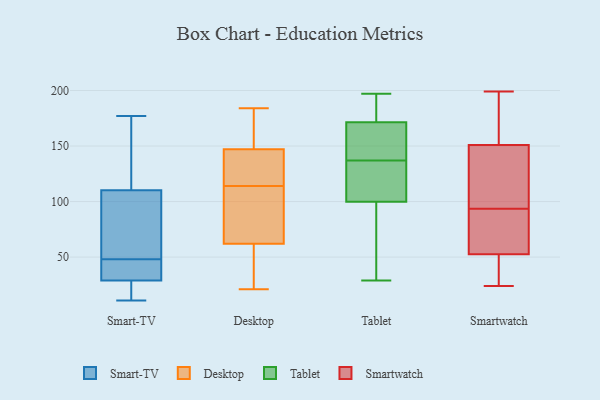
{"axis": {"x": "Waste Production (Tons)", "y": "Value"}, "legend": ["Desktop", "Smart-TV", "Smartwatch", "Tablet"], "data": [{"x": "", "y": 46, "type": "Smart-TV"}, {"x": "", "y": 11, "type": "Smart-TV"}, {"x": "", "y": 44, "type": "Smart-TV"}, {"x": "", "y": 81, "type": "Smart-TV"}, {"x": "", "y": 22, "type": "Smart-TV"}, {"x": "", "y": 114, "type": "Smart-TV"}, {"x": "", "y": 99, "type": "Smart-TV"}, {"x": "", "y": 61, "type": "Smart-TV"}, {"x": "", "y": 177, "type": "Smart-TV"}, {"x": "", "y": 158, "type": "Smart-TV"}, {"x": "", "y": 24, "type": "Smart-TV"}, {"x": "", "y": 17, "type": "Smart-TV"}, {"x": "", "y": 45, "type": "Smart-TV"}, {"x": "", "y": 174, "type": "Smart-TV"}, {"x": "", "y": 48, "type": "Smart-TV"}, {"x": "", "y": 66, "type": "Desktop"}, {"x": "", "y": 32, "type": "Desktop"}, {"x": "", "y": 140, "type": "Desktop"}, {"x": "", "y": 21, "type": "Desktop"}, {"x": "", "y": 184, "type": "Desktop"}, {"x": "", "y": 100, "type": "Desktop"}, {"x": "", "y": 62, "type": "Desktop"}, {"x": "", "y": 173, "type": "Desktop"}, {"x": "", "y": 138, "type": "Desktop"}, {"x": "", "y": 147, "type": "Desktop"}, {"x": "", "y": 128, "type": "Desktop"}, {"x": "", "y": 56, "type": "Desktop"}, {"x": "", "y": 64, "type": "Desktop"}, {"x": "", "y": 153, "type": "Desktop"}, {"x": "", "y": 51, "type": "Tablet"}, {"x": "", "y": 29, "type": "Tablet"}, {"x": "", "y": 118, "type": "Tablet"}, {"x": "", "y": 43, "type": "Tablet"}, {"x": "", "y": 182, "type": "Tablet"}, {"x": "", "y": 155, "type": "Tablet"}, {"x": "", "y": 178, "type": "Tablet"}, {"x": "", "y": 153, "type": "Tablet"}, {"x": "", "y": 170, "type": "Tablet"}, {"x": "", "y": 116, "type": "Tablet"}, {"x": "", "y": 176, "type": "Tablet"}, {"x": "", "y": 197, "type": "Tablet"}, {"x": "", "y": 128, "type": "Tablet"}, {"x": "", "y": 48, "type": "Tablet"}, {"x": "", "y": 152, "type": "Tablet"}, {"x": "", "y": 137, "type": "Tablet"}, {"x": "", "y": 134, "type": "Tablet"}, {"x": "", "y": 98, "type": "Smartwatch"}, {"x": "", "y": 42, "type": "Smartwatch"}, {"x": "", "y": 24, "type": "Smartwatch"}, {"x": "", "y": 199, "type": "Smartwatch"}, {"x": "", "y": 51, "type": "Smartwatch"}, {"x": "", "y": 181, "type": "Smartwatch"}, {"x": "", "y": 197, "type": "Smartwatch"}, {"x": "", "y": 138, "type": "Smartwatch"}, {"x": "", "y": 143, "type": "Smartwatch"}, {"x": "", "y": 66, "type": "Smartwatch"}, {"x": "", "y": 108, "type": "Smartwatch"}, {"x": "", "y": 67, "type": "Smartwatch"}, {"x": "", "y": 79, "type": "Smartwatch"}, {"x": "", "y": 159, "type": "Smartwatch"}, {"x": "", "y": 193, "type": "Smartwatch"}, {"x": "", "y": 51, "type": "Smartwatch"}, {"x": "", "y": 125, "type": "Smartwatch"}, {"x": "", "y": 40, "type": "Smartwatch"}, {"x": "", "y": 89, "type": "Smartwatch"}, {"x": "", "y": 54, "type": "Smartwatch"}]}